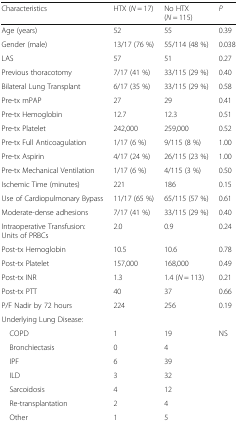
<table><thead><tr><td><b>Characteristics</b></td><td><b>HTX (<i>N</i> = 17)</b></td><td><b>No HTX (<i>N</i> = 115)</b></td><td><b><i>P</i></b></td></tr></thead><tbody><tr><td>Age (years)</td><td>52</td><td>55</td><td>0.39</td></tr><tr><td>Gender (male)</td><td>13/17 (76 %)</td><td>55/114 (48 %)</td><td>0.038</td></tr><tr><td>LAS</td><td>57</td><td>51</td><td>0.27</td></tr><tr><td>Previous thoracotomy</td><td>7/17 (41 %)</td><td>33/115 (29 %)</td><td>0.40</td></tr><tr><td>Bilateral Lung Transplant</td><td>6/17 (35 %)</td><td>33/115 (29 %)</td><td>0.58</td></tr><tr><td>Pre-tx mPAP</td><td>27</td><td>29</td><td>0.41</td></tr><tr><td>Pre-tx Hemoglobin</td><td>12.7</td><td>12.3</td><td>0.51</td></tr><tr><td>Pre-tx Platelet</td><td>242,000</td><td>259,000</td><td>0.52</td></tr><tr><td>Pre-tx Full Anticoagulation</td><td>1/17 (6 %)</td><td>9/115 (8 %)</td><td>1.00</td></tr><tr><td>Pre-tx Aspirin</td><td>4/17 (24 %)</td><td>26/115 (23 %)</td><td>1.00</td></tr><tr><td>Pre-tx Mechanical Ventilation</td><td>1/17 (6 %)</td><td>4/115 (3 %)</td><td>0.50</td></tr><tr><td>Ischemic Time (minutes)</td><td>221</td><td>186</td><td>0.15</td></tr><tr><td>Use of Cardiopulmonary Bypass</td><td>11/17 (65 %)</td><td>65/115 (57 %)</td><td>0.61</td></tr><tr><td>Moderate-dense adhesions</td><td>7/17 (41 %)</td><td>33/115 (29 %)</td><td>0.40</td></tr><tr><td>Intraoperative Transfusion: Units of PRBCs</td><td>2.0</td><td>0.9</td><td>0.24</td></tr><tr><td>Post-tx Hemoglobin</td><td>10.5</td><td>10.6</td><td>0.78</td></tr><tr><td>Post-tx Platelet</td><td>157,000</td><td>168,000</td><td>0.49</td></tr><tr><td>Post-tx INR</td><td>1.3</td><td>1.4 (<i>N</i> = 113)</td><td>0.21</td></tr><tr><td>Post-tx PTT</td><td>40</td><td>37</td><td>0.66</td></tr><tr><td>P/F Nadir by 72 hours</td><td>224</td><td>256</td><td>0.19</td></tr><tr><td colspan="4">Underlying Lung Disease:</td></tr><tr><td> COPD</td><td>1</td><td>19</td><td>NS</td></tr><tr><td> Bronchiectasis</td><td>0</td><td>4</td><td rowspan="6"></td></tr><tr><td> IPF</td><td>6</td><td>39</td></tr><tr><td> ILD</td><td>3</td><td>32</td></tr><tr><td> Sarcoidosis</td><td>4</td><td>12</td></tr><tr><td> Re-transplantation</td><td>2</td><td>4</td></tr><tr><td> Other</td><td>1</td><td>5</td></tr></tbody></table>